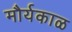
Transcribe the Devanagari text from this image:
मौर्यकाळ